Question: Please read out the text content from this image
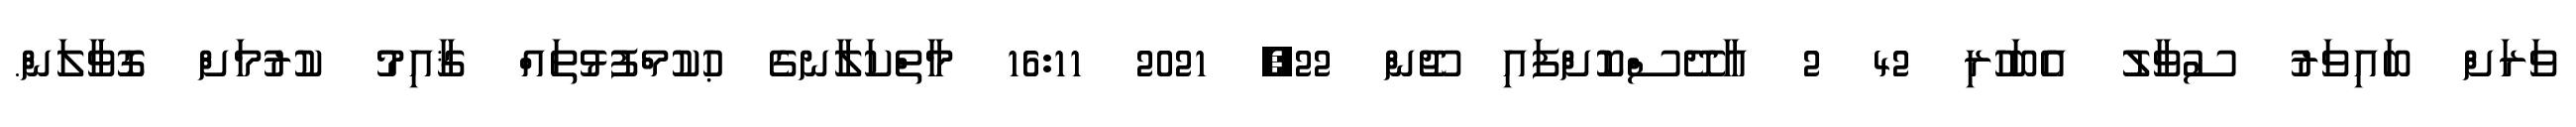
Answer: ވަރަށް ބައިވަރު ސުވާލު އެބަހުރި 42 2 އާދޭސްކޮށްފައި ޖޫން 22, 2021 16:11 މާތްކަލާނގެ ޙުކުމްފުޅުތައް ޤާއިމު ކުރުމަށް ގޮވާލަން.